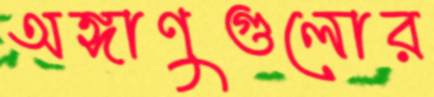
অঙ্গাণুগুলোর